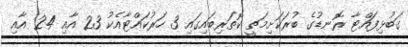
ގަބުޅިފައްޓާ ރޮނޑުގެ ބުރަކަށިމަތީ ކޮތަރިބައިގައި 3 ހަރުކައްޓާއެކު 23 އާއި 24 އާއި